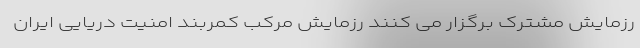
رزمایش مشترک برگزار می کنند رزمایش مرکب کمربند امنیت دریایی ایران